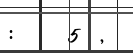
:     5